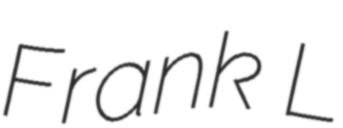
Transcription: Frank L